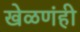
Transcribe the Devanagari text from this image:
खेळणंही